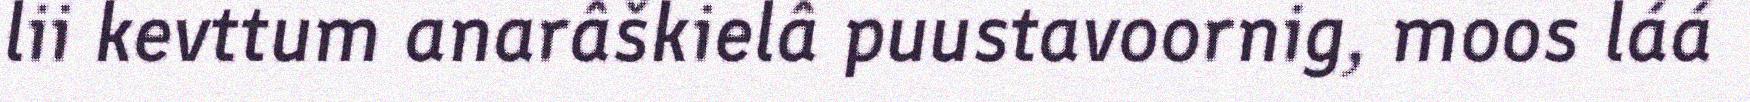
lii kevttum anarâškielâ puustavoornig, moos láá